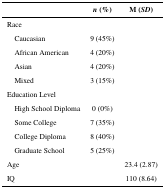
<table><thead><tr><td></td><td><b><i>n</i> (%)</b></td><td><b>M (<i>SD</i>)</b></td></tr></thead><tbody><tr><td colspan="3">Race</td></tr><tr><td> Caucasian</td><td>9 (45%)</td><td></td></tr><tr><td> African American</td><td>4 (20%)</td><td></td></tr><tr><td> Asian</td><td>4 (20%)</td><td></td></tr><tr><td> Mixed</td><td>3 (15%)</td><td></td></tr><tr><td colspan="3">Education Level</td></tr><tr><td> High School Diploma</td><td>0 (0%)</td><td></td></tr><tr><td> Some College</td><td>7 (35%)</td><td></td></tr><tr><td> College Diploma</td><td>8 (40%)</td><td></td></tr><tr><td> Graduate School</td><td>5 (25%)</td><td></td></tr><tr><td>Age</td><td></td><td>23.4 (2.87)</td></tr><tr><td>IQ</td><td></td><td>110 (8.64)</td></tr></tbody></table>